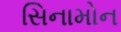
સિનામોન